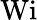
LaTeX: \textrm{Wi}